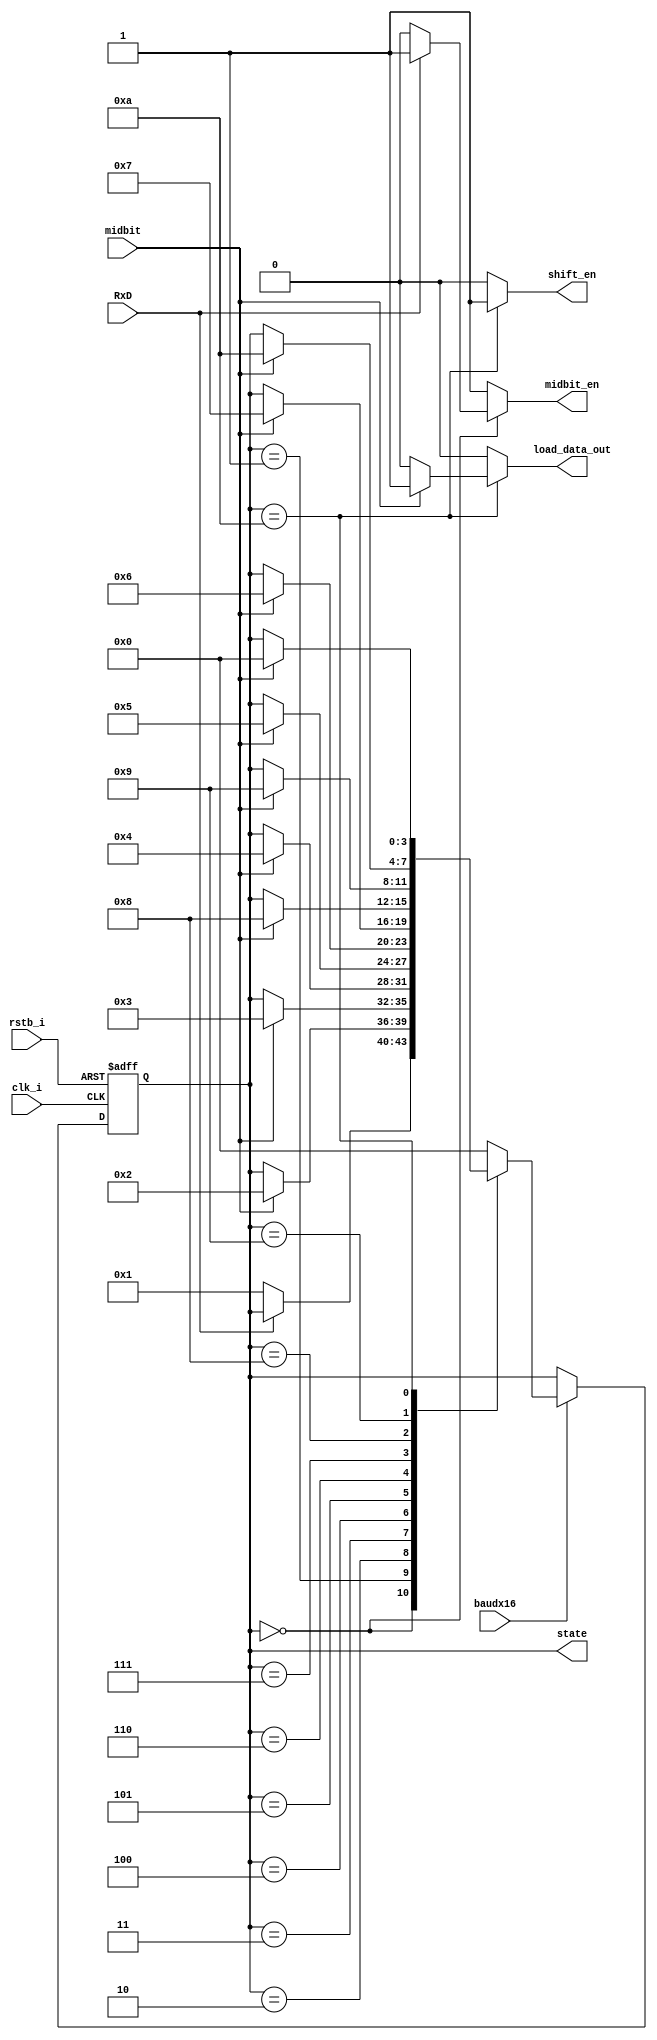
module UART_Receiver_FSM(
    input clk_i,
    input rstb_i,
    input baudx16,
    input RxD,
    input midbit,
    output reg shift_en, 
    output reg [3:0] state,
    output reg midbit_en,
    output reg load_data_out 
    );
    
    
    reg [3:0] state, state_reg_next;
       
    localparam sIDLE = 4'b0000; 
    localparam sSTARTBIT = 4'b0001; 
    localparam sBIT0 = 4'b0010; 
    localparam sBIT1 = 4'b0011; 
    localparam sBIT2 = 4'b0100; 
    localparam sBIT3 = 4'b0101; 
    localparam sBIT4 = 4'b0110; 
    localparam sBIT5 = 4'b0111; 
    localparam sBIT6 = 4'b1000; 
    localparam sBIT7 = 4'b1001; 
    localparam sSTOPBIT = 4'b1010;
    
     // Next state logic
    always @ (posedge clk_i, negedge rstb_i) begin
        if (!rstb_i) begin
            state <= sIDLE;
        end else begin
            if (baudx16==1'b1) begin
                state <= state_reg_next;
            end
        end
    end
    
    always @ (RxD, midbit, state, state_reg_next) begin
        state_reg_next = state;
        midbit_en = 1;
        load_data_out = 0;
        case(state)
            sIDLE       : begin
                if (RxD   ==1'b0) begin
                    state_reg_next = sSTARTBIT;
                    midbit_en = 0;
                end
            end
            sSTARTBIT   : if (midbit==1'b1) state_reg_next = sBIT0;
            sBIT0       : if (midbit==1'b1) state_reg_next = sBIT1;
            sBIT1       : if (midbit==1'b1) state_reg_next = sBIT2;
            sBIT2       : if (midbit==1'b1) state_reg_next = sBIT3;
            sBIT3       : if (midbit==1'b1) state_reg_next = sBIT4;
            sBIT4       : if (midbit==1'b1) state_reg_next = sBIT5;
            sBIT5       : if (midbit==1'b1) state_reg_next = sBIT6;
            sBIT6       : if (midbit==1'b1) state_reg_next = sBIT7;
            sBIT7       : if (midbit==1'b1) state_reg_next = sSTOPBIT;
            sSTOPBIT    : if (midbit==1'b1) begin
                state_reg_next = sIDLE;
                load_data_out = 1;
                end
                
            default     :                   state_reg_next = sIDLE;
        endcase
    end
    
    //Output logic

   always @ (state) begin : output_logic
      case (state)
        
        sSTOPBIT: begin
           shift_en = 1;
        end
        default: begin
           shift_en = 0;
        end

      endcase 
   end 
   
   
endmodule